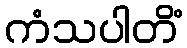
ကံသပါတိံ